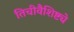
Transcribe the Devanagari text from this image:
तिचीवैशिष्ट्ये